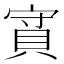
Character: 𧵿